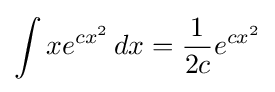
\int xe^{cx^{2}}\,dx={\frac {1}{2c}}e^{cx^{2}}